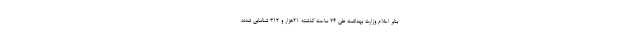
بنابر اعلام وزارت بهداشت طی ۲۴ ساعت گذشته ۲۱هزار و ۳۱۲ شناسایی شدند